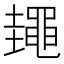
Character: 䵷